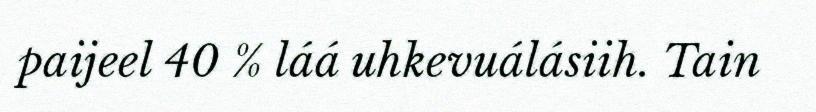
paijeel 40 % láá uhkevuálásiih. Tain